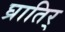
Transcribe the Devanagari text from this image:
घ्रातिर्